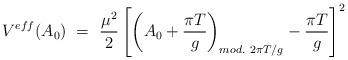
LaTeX: \begin{align*}V^{eff}(A_0)\ =\ \frac{\mu^2}{2}\left[\left(A_0 + \frac{\pi T}{g}\right)_{mod.{}~2\pi T/g} - \frac{\pi T}{g}\right]^2\end{align*}